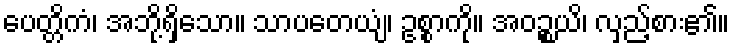
ပေတ္တိကံ၊ အဘို့ရှိသော။ သာပတေယျံ၊ ဥစ္စာကို။ အဝဉ္စယိ၊ လှည့်စား၏။